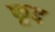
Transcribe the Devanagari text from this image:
फूद